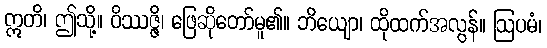
ဣတိ၊ ဤသို့။ ဝိဿဇ္ဇိ၊ ဖြေဆိုတော်မူ၏။ ဘိယျော၊ ထိုထက်အလွန်။ ဩပမံ၊